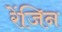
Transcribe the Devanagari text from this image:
रेंजिन